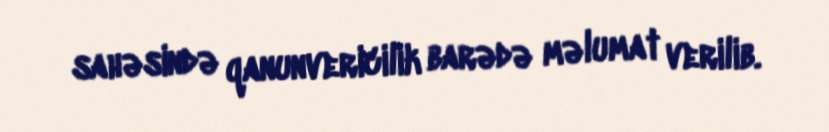
sahəsində qanunvericilik barədə məlumat verilib.